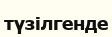
түзілгенде